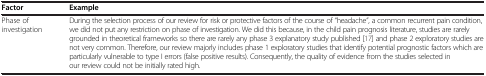
<table><thead><tr><td><b>Factor</b></td><td><b>Example</b></td></tr></thead><tbody><tr><td>Phase of investigation</td><td>During the selection process of our review for risk or protective factors of the course of “headache“, a common recurrent pain condition, we did not put any restriction on phase of investigation. We did this because, in the child pain prognosis literature, studies are rarely grounded in theoretical frameworks so there are rarely any phase 3 explanatory study published [17] and phase 2 exploratory studies are not very common. Therefore, our review majorly includes phase 1 exploratory studies that identify potential prognostic factors which are particularly vulnerable to type I errors (false positive results). Consequently, the quality of evidence from the studies selected in our review could not be initially rated high.</td></tr></tbody></table>